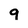
Character: q